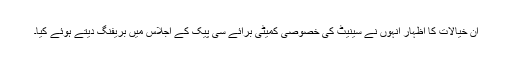
ان خیالات کا اظہار انہوں نے سینیٹ کی خصوصی کمیٹی برائے سی پیک کے اجلاس میں بریفنگ دیتے ہوئے کیا۔